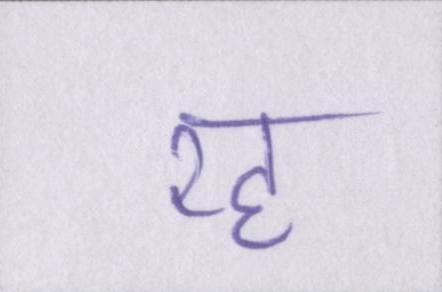
रह